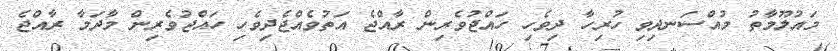
މައުލޫމާތު މުއްސަނދިވި ހުރިހާ ދިވެހި ހައްޖުވެރިން ރާއްޖެ އަތުވެއްޖެދިިވެހި ހައްޖުވެރިން މާދަމާ ރާއްޖެ